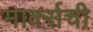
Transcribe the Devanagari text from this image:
मार्क्सची